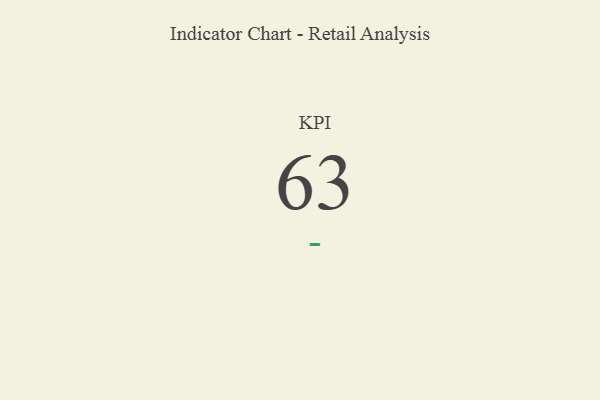
{"axis": {"x": "KPI", "y": "Value"}, "legend": [""], "data": [{"x": "KPI", "y": 63, "type": ""}]}